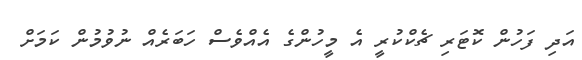
އަދި ފަހުން ކޮޓަރި ޗެކްކުރީ އެ މީހުންގެ އެއްވެސް ހަބަރެއް ނުވުމުން ކަމަށް